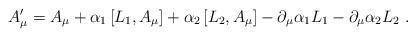
\begin{align*}A^{\prime}_{\mu}=A_{\mu} +\alpha_1\left[L_1,A_{\mu}\right] +\alpha_2\left[L_2,A_{\mu}\right] -\partial_{\mu}\alpha_1 L_1 -\partial_{\mu}\alpha_2 L_2 \ .\end{align*}